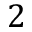
2